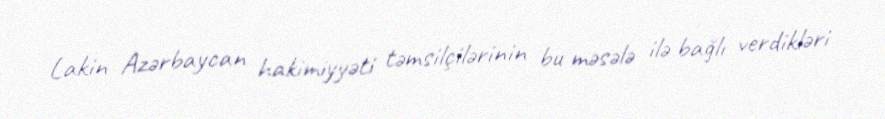
Lakin Azərbaycan hakimiyyəti təmsilçilərinin bu məsələ ilə bağlı verdikləri